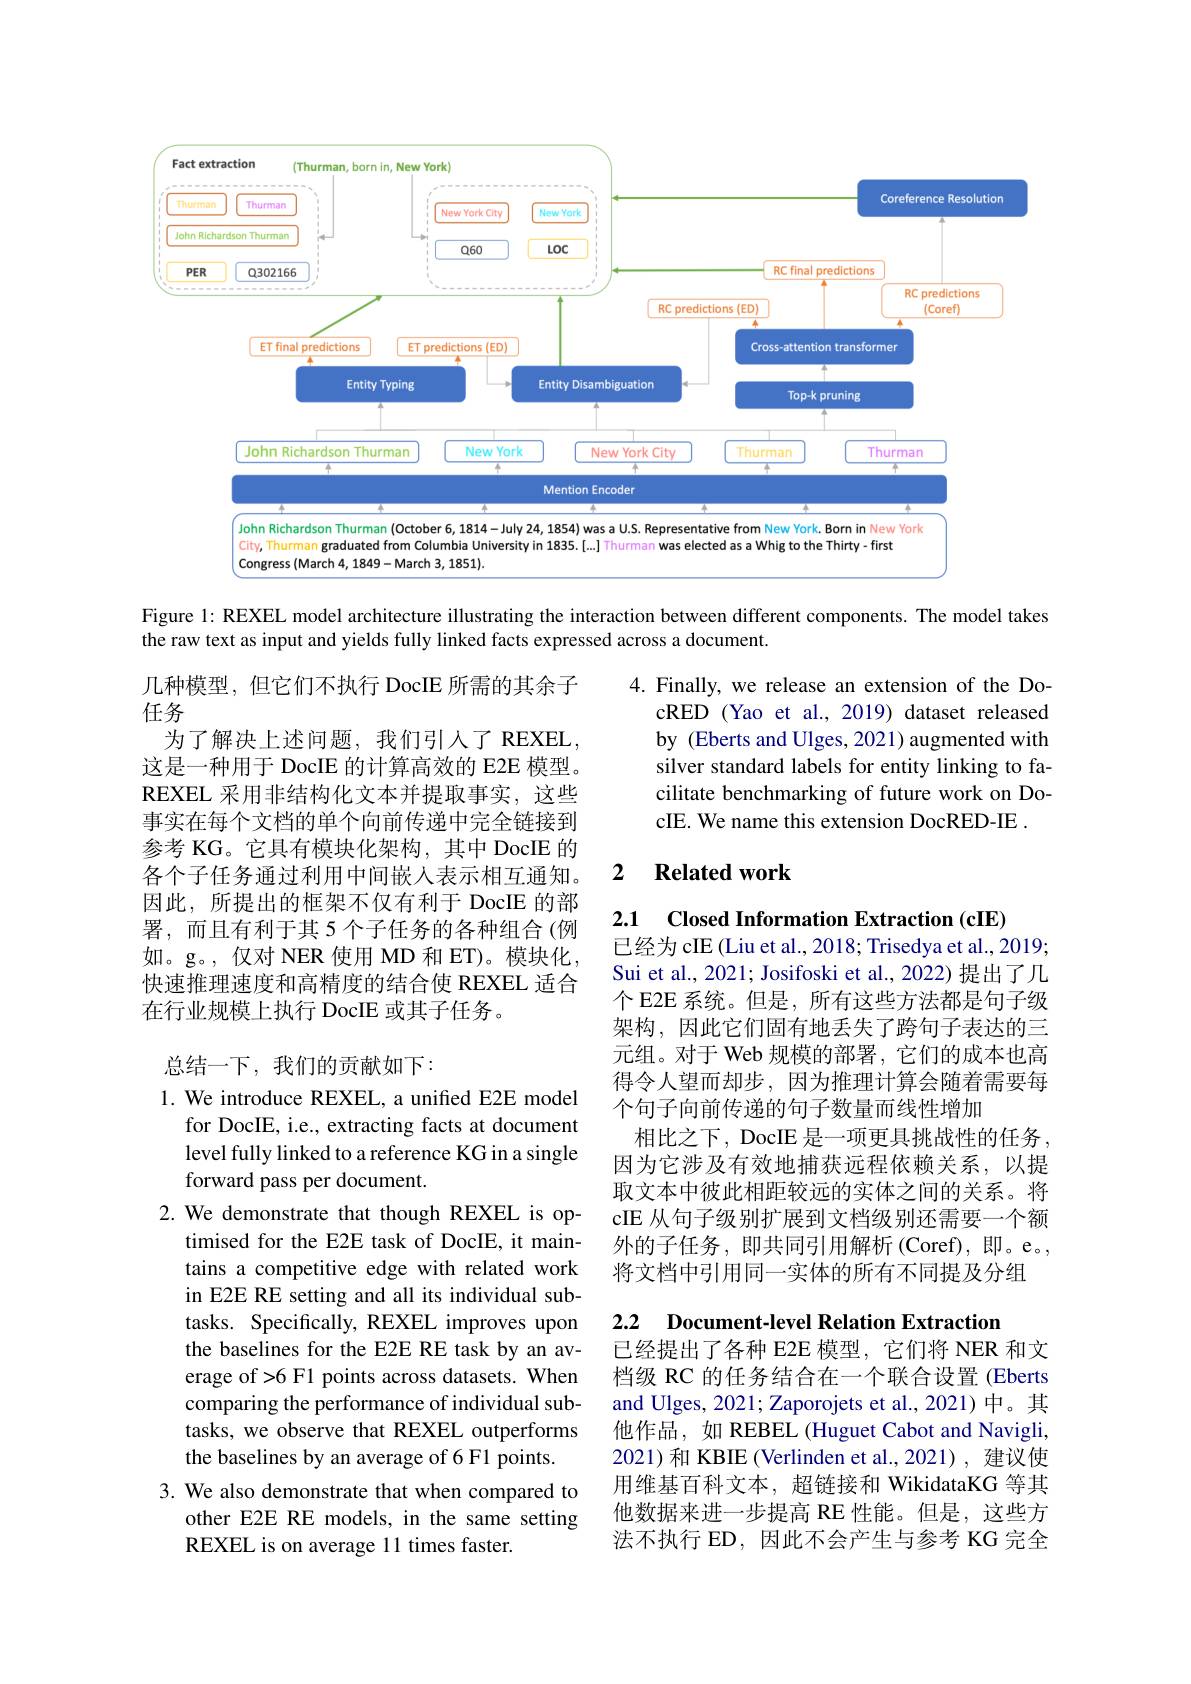
<FigureHere>

Figure 1: REXEL model architecture illustrating the interaction between different components. The model takes
the raw text as input and yields fully linked facts expressed across a document

4. Finally, we release an extension of the Do-
cRED (Yao et al., 2019) dataset released by (Eberts and Ulges, 2021) augmented with silver standard labels for entity linking to facilitate benchmarking of future work on DocIE. We name this extension DocRED-IE .

几种模型，但它们不执行 DocIE 所需的其余子
任务
为了解决上述问题，我们引入了REXEL， 这是一种用于 DocIE 的计算高效的 E2E 模型。REXEL 采用非结构化文本并提取事实，这些事实在每个文档的单个向前传递中完全链接到参考 KG。它具有模块化架构，其中 DocIE 的各个子任务通过利用中间嵌入表示相互通知。因此，所提出的框架不仅有利于 DocIE 的部署，而且有利于其 5 个子任务的各种组合 (例如。g。,仅对 NER 使用 MD 和 ET)。模块化， 快速推理速度和高精度的结合使 REXEL 适合在行业规模上执行 DocIE 或其子任务。

### 2 $\textbf{Related work}$

2.1

## 总结一下，我们的贡献如下：

Closed Information Extraction (cIE)
已经为 cIE (Liu et al., 2018; Trisedya et al., 2019; Sui et al., 2021; Josifoski et al., 2022) 提出了几个 E2E 系统。但是，所有这些方法都是句子级架构，因此它们固有地丢失了跨句子表达的三元组。对于 Web 规模的部署，它们的成本也高得令人望而却步，因为推理计算会随着需要每个句子向前传递的句子数量而线性增加
相比之下，DocIE 是一项更具挑战性的任务， 因为它涉及有效地捕获远程依赖关系，以提取文本中彼此相距较远的实体之间的关系。将cIE 从句子级别扩展到文档级别还需要一个额外的子任务，即共同引用解析(Coref),即。e。, 将文档中引用同一实体的所有不同提及分组

1. We introduce REXEL, a unified E2E model
for DocIE, i.e., extracting facts at document level fully linked to a reference KG in a single forward pass per document.
2.We demonstrate that though REXEL is op-
timised for the E2E task of DocIE, it maintains a competitive edge with related work in E2E RE setting and all its individual subtasks. Specifically, REXEL improves upon the baselines for the E2E RE task by an average of >6 F1 points across datasets. When comparing the performance of individual subtasks, we observe that REXEL outperforms the baselines by an average of 6 F1 points.

2.2 $\textbf{Document- level Relation Extraction}$
已经提出了各种 E2E 模型，它们将 NER 和文档级 RC 的任务结合在一个联合设置 (Eberts and Ulges, 2021; Zaporojets et al., 2021) 中。其他作品，如 REBEL (Huguet Cabot and Navigli, 2021)和 KBIE (Verlinden et al.,2021),建议使用维基百科文本，超链接和 WikidataKG 等其他数据来进一步提高 RE 性能。但是，这些方法不执行 ED, 因此不会产生与参考 KG 完全

3. We also demonstrate that when compared to
other E2E RE models, in the same setting
REXEL is on average 11 times faster.